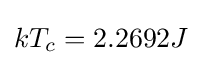
kT_{c}=2.2692J